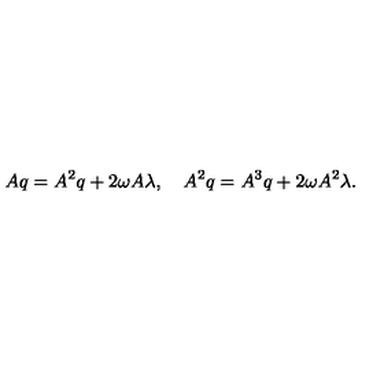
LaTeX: A q = A ^ { 2 } q + { 2 \omega } A \lambda , \quad A ^ { 2 } q = A ^ { 3 } q + { 2 \omega } A ^ { 2 } \lambda .